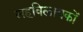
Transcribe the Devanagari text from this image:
सहविलायकों